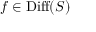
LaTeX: f \in \operatorname { D i f f } ( S )